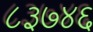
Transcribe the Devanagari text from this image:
८३७४६